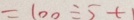
= 1 0 0 \div 5 + 1